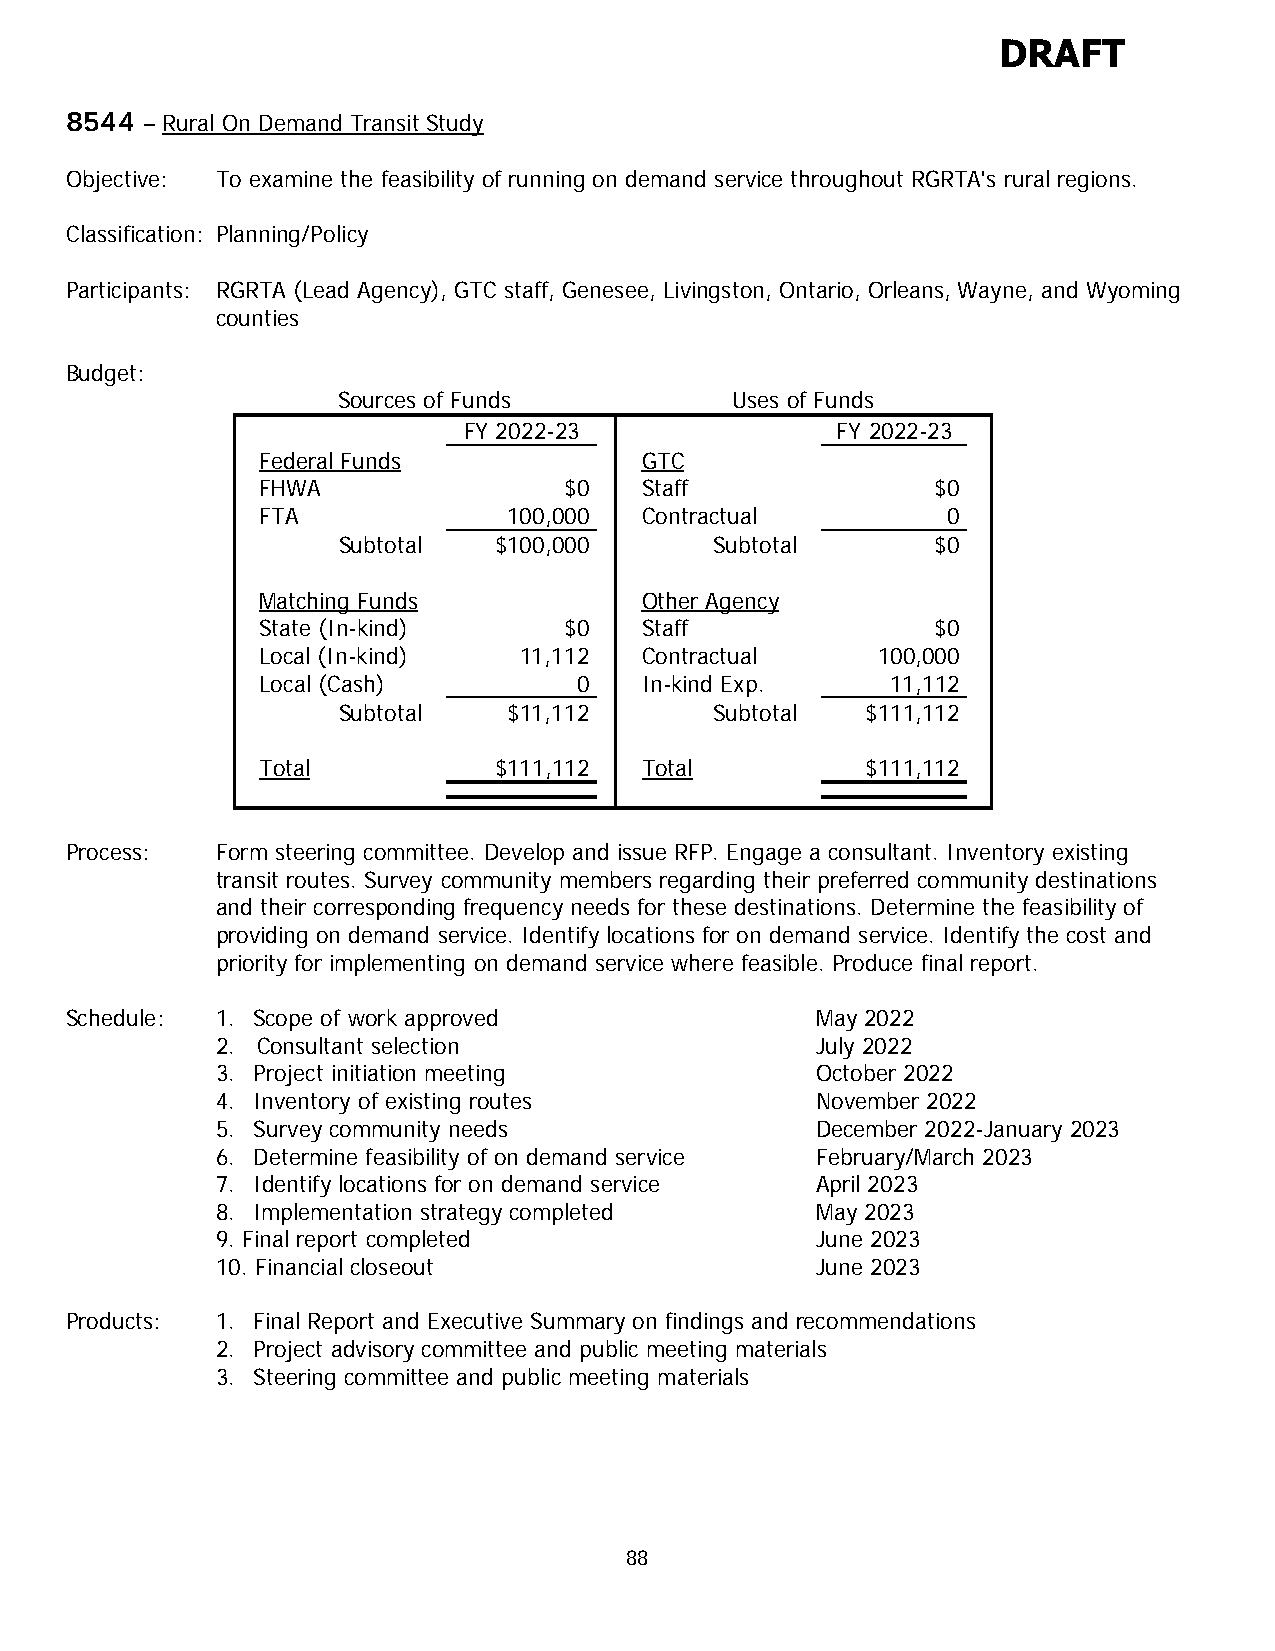
DRAFT
 8544 – Rural On Demand Transit Study
 Objective: To examine the feasibility of running on demand service throughout RGRTA's rural regions.
 Classification: Planning/Policy
 Participants: RGRTA (Lead Agency), GTC staff, Genesee, Livingston, Ontario, Orleans, Wayne, and Wyoming
 counties
 Budget:
 Sources of Funds          Uses of Funds
 FY 2022-23              FY 2022-23
 Federal Funds            GTC
 FHWA                $0   Staff               $0
 FTA              100,000 Contractual          0
 Subtotal   $100,000      Subtotal       $0
 Matching Funds           Other Agency
 State (In-kind)     $0   Staff               $0
 Local (In-kind)  11,112  Contractual     100,000
 Local (Cash)         0   In-kind Exp.     11,112
 Subtotal    $11,112      Subtotal  $111,112
 Total           $111,112 Total          $111,112
 Process:  Form steering committee. Develop and issue RFP. Engage a consultant. Inventory existing
 transit routes. Survey community members regarding their preferred community destinations
 and their corresponding frequency needs for these destinations. Determine the feasibility of
 providing on demand service. Identify locations for on demand service. Identify the cost and
 priority for implementing on demand service where feasible. Produce final report.
 Schedule: 1. Scope of work approved               May 2022
 2. Consultant selection                 July 2022
 3. Project initiation meeting           October 2022
 4. Inventory of existing routes         November 2022
 5. Survey community needs               December 2022-January 2023
 6. Determine feasibility of on demand service February/March 2023
 7. Identify locations for on demand service April 2023
 8. Implementation strategy completed    May 2023
 9. Final report completed               June 2023
 10. Financial closeout                  June 2023
 Products: 1. Final Report and Executive Summary on findings and recommendations
 2. Project advisory committee and public meeting materials
 3. Steering committee and public meeting materials
 88